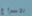
الاسراع